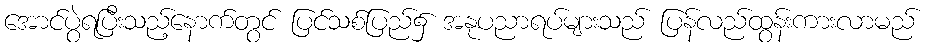
အောင်ပွဲရပြီးသည့်နောက်တွင် ပြင်သစ်ပြည်၌ အနုပညာရပ်များသည် ပြန်လည်ထွန်းကားလာမည်